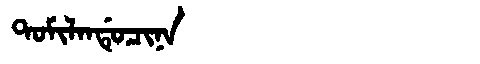
Manchu: ᡨᠣᠮᡳᠯᠠᠨᡩᡠᠴᡳᠨᠠ
Romanization: TOMILANDUCINA